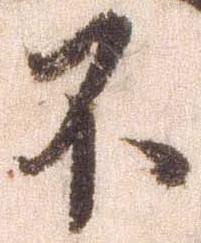
不